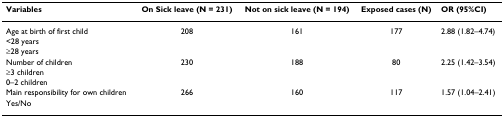
<table><thead><tr><td><b>Variables</b></td><td><b>On Sick leave (N = 231)</b></td><td><b>Not on sick leave (N = 194)</b></td><td><b>Exposed cases (N)</b></td><td><b>OR (95%CI)</b></td></tr></thead><tbody><tr><td>Age at birth of first child</td><td>208</td><td>161</td><td>177</td><td>2.88 (1.82–4.74)</td></tr><tr><td>&lt;28 years</td><td></td><td></td><td></td><td></td></tr><tr><td>≥28 years</td><td></td><td></td><td></td><td></td></tr><tr><td>Number of children</td><td>230</td><td>188</td><td>80</td><td>2.25 (1.42–3.54)</td></tr><tr><td>≥3 children</td><td></td><td></td><td></td><td></td></tr><tr><td>0–2 children</td><td></td><td></td><td></td><td></td></tr><tr><td>Main responsibility for own children</td><td>266</td><td>160</td><td>117</td><td>1.57 (1.04–2.41)</td></tr><tr><td>Yes/No</td><td></td><td></td><td></td><td></td></tr></tbody></table>